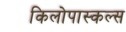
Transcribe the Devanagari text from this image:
किलोपास्कल्स